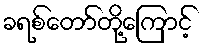
ခရစ်တော်တို့ကြောင့်